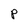
Character: P